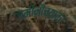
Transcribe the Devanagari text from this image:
जमीनीच्यावर